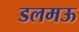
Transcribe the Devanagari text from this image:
डलमऊ